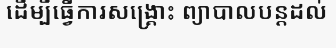
ដើម្បីធ្វើការសង្គ្រោះ ព្យាបាលបន្តដល់